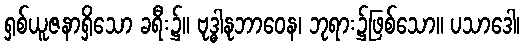
ရှစ်ယူဇနာရှိသော ခရီး၌။ ဗုဒ္ဓါနုဘာဝေန၊ ဘုရား၌ဖြစ်သော။ ပသာဒေါ၊